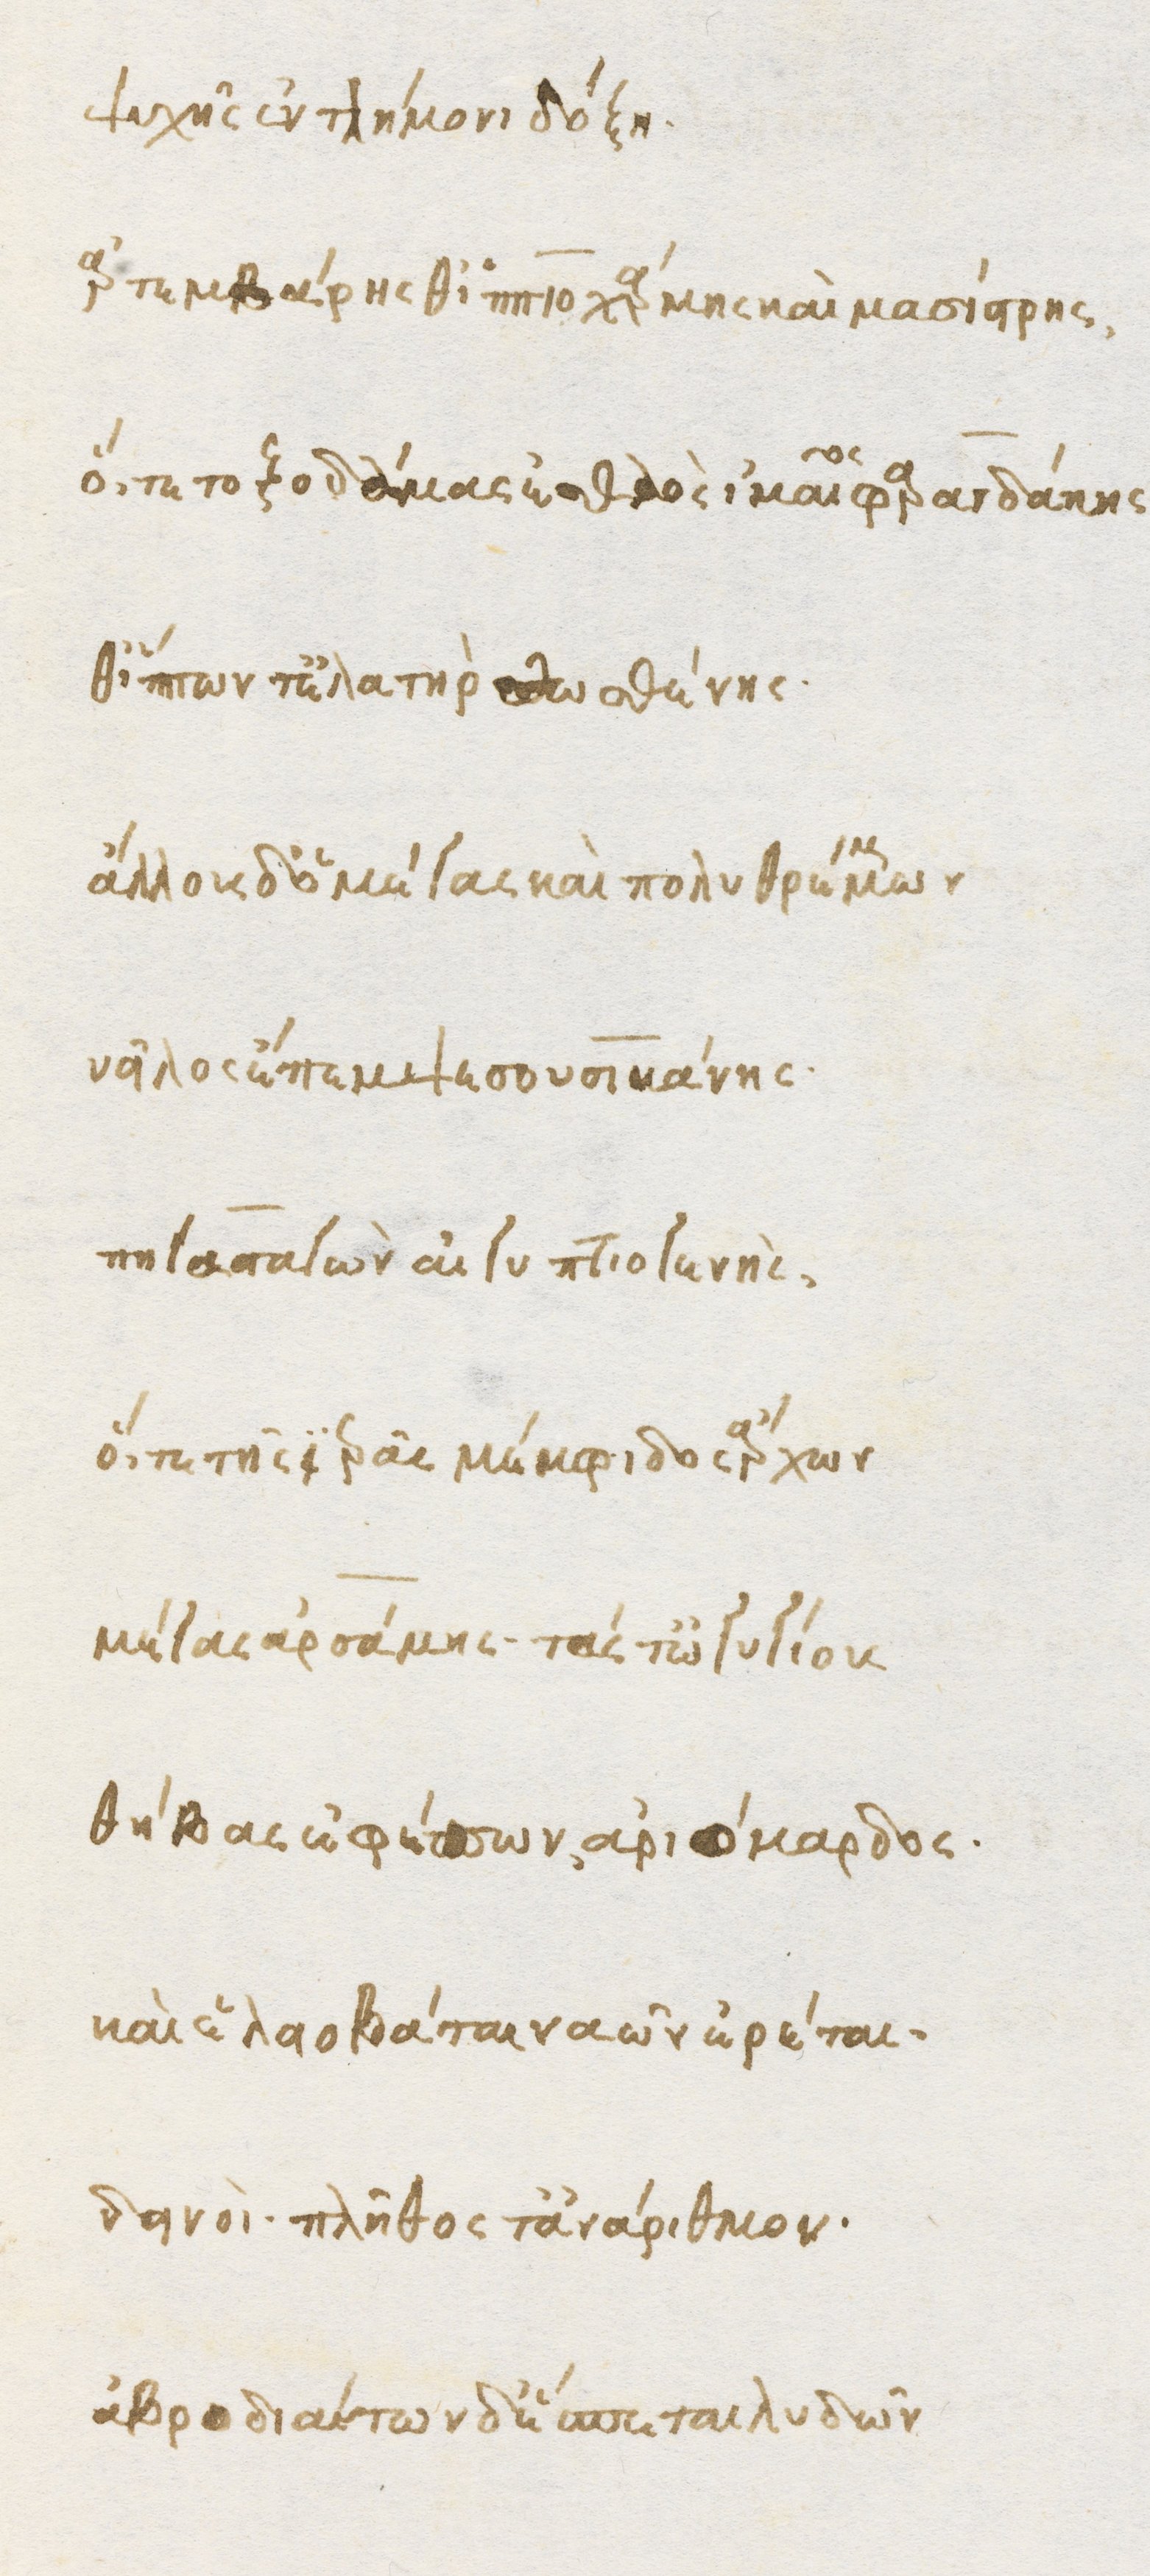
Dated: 1470–1499